Annual statistical returns and brief notes on vaccination in Bengal - 1896-1909
Year: 1896
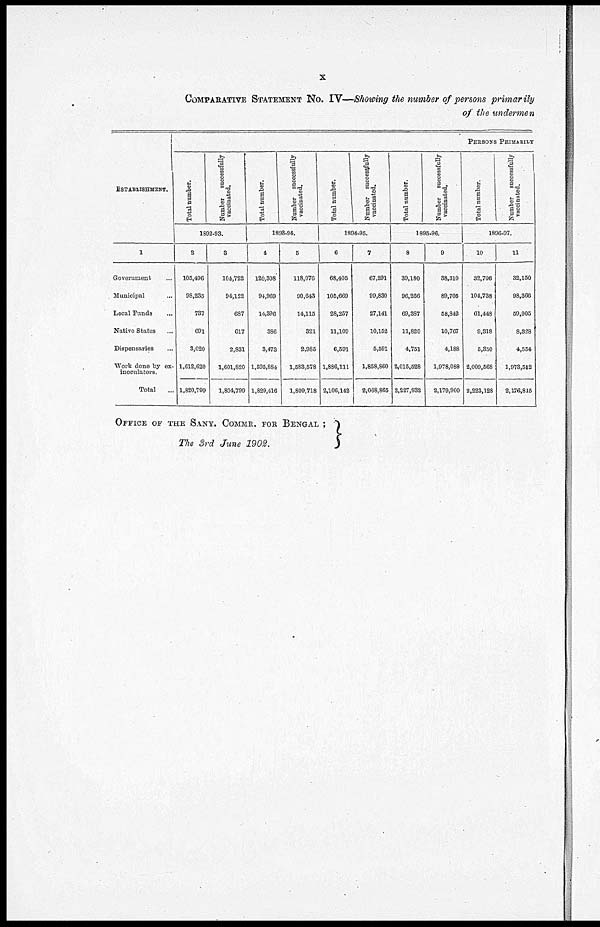
x
COMPARATIVE STATEMENT No. IV—Showing the number of persons primarily
of the undermen
ESTABLISHMENT.
1
Government ...
Municipal ...
Local Funds ...
Native States ...
Dispensaries ...
Work done by ex¬
inoculators.
Total ...
PERSONS PRIMARILY
Total number.
Number
successfully
vaccinated.
1892-93.
2
105,496
98,235
737
691
3,020
1,612,620
1,820,799
3
104,722
94,122
687
617
2,831
1,601,820
1,804,799
Total number.
Number successfully
vaccinated.
1893-94.
4
120,308
94,969
14,396
386
3,473
1,595,884
1,829,416
5
118,076
90,643
14,115
321
2,935
1,583,578
1,809,718
Total number.
Number successfully
vaccinated.
1894-95.
6
68,405
105,669
28,257
11,109
6,591
1,886,111
2,106,142
7
67,291
99,830
27,141
10,152
5,591
1,858,860
2,068,865
Total number.
Number
successfully
vaccinated.
1895-96.
8
39,180
96,266
69,387
11,820
4,751
2,015,528
2,227,932
9
38,310
89,705
58,842
10,767
4,188
1,978,088
2,179,900
Total number.
Number successfully
vaccinated.
1896-97.
10
32,706
104,738
61,448
9,318
5,350
2,009,568
2,223,128
11
32,150
98,366
59,905
8,328
4,554
1,973,512
2,176,815
OFFICE OF THE SANY. COMMR. FOR BENGAL ;
The 3rd June 1902.